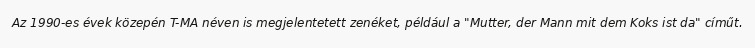
Az 1990-es évek közepén T-MA néven is megjelentetett zenéket, például a "Mutter, der Mann mit dem Koks ist da" címűt.